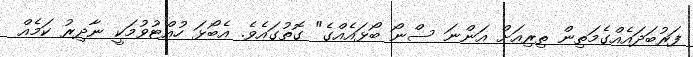
ފަރުބަދައެއްގެމަތިން ތިރިއަށް އަންނަ ސްނޯ ބޯޅައެއްގެ" ގޮތުގައެވެ. އެބޯޅަ ހުއްޓުވުމަކީ ނާދިރު ކަމެއް